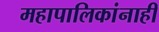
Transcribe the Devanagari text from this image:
महापालिकांनाही